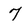
Character: 7